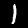
Label: 1